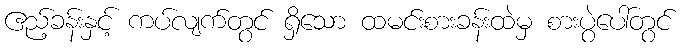
ဧည့်ခန်းနှင့် ကပ်လျက်တွင် ရှိသော ထမင်းစားခန်းထဲမှ စားပွဲပေါ်တွင်